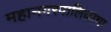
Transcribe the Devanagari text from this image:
महानगरपालिकाचा